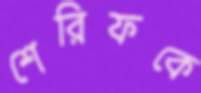
শেরিফকে